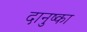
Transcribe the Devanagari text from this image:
दानुष्का